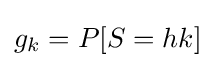
g_{k}=P[S=hk]